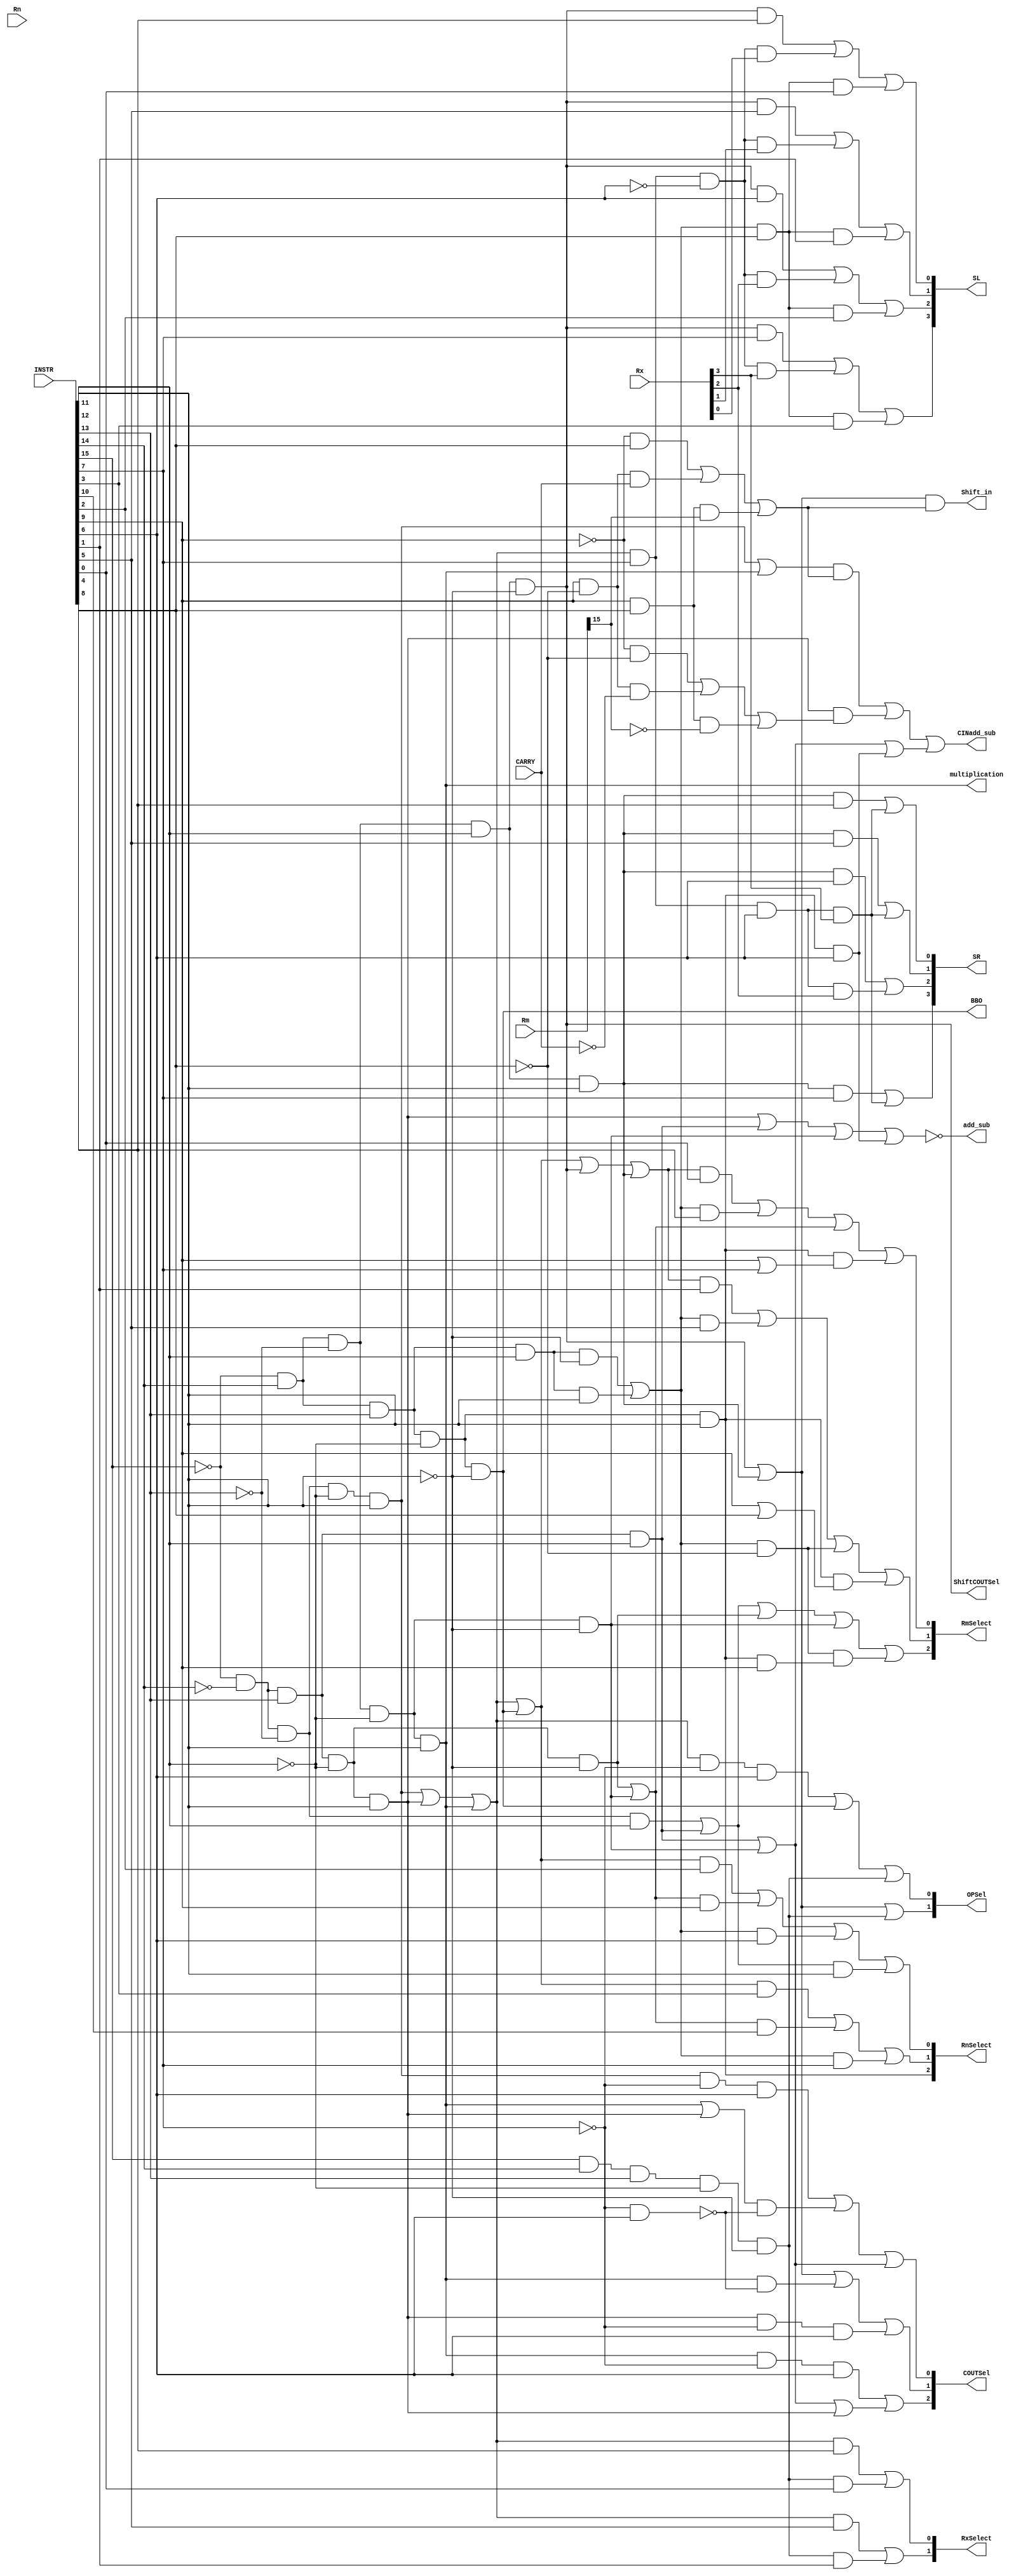
module ALUDecoder2(input [15:0] INSTR, input CARRY, input [15:0] Rn, input [15:0] Rm, input [15:0] Rx, output Shift_in, output ShiftCOUTSel, output [3:0] SL, output [3:0] SR, output [2:0] RnSelect, output [2:0] RmSelect, output [1:0] RxSelect, output CINadd_sub, output add_sub, output multiplication, output BBO, output [1:0] OPSel, output [2:0] COUTSel);

wire A, B,C, D, E, F, G, H, I, J, K, L, M, N, O, P;

assign A = INSTR[15];
assign B = INSTR[14];
assign C = INSTR[13];
assign D = INSTR[12];
assign E = INSTR[11];
assign F = INSTR[10];
assign G = INSTR[9];
assign H = INSTR[8];
assign I = INSTR[7];
assign J = INSTR[6];
assign K = INSTR[5];
assign L = INSTR[4];
assign M = INSTR[3];
assign N = INSTR[2];
assign O = INSTR[1];
assign P = INSTR[0];


wire  adr, adm, adi, sbr, sbm, sbi, mlr, xsl, xsr, bbo, stk, ldr, sti, jmr;


assign adr = ~A & ~B & ~C & ~D &  E; 
assign adm = ~A & ~B & ~C &  D;
assign adi = ~A & ~B &  C & ~D & ~E;
assign sbr = ~A & ~B &  C & ~D &  E;
assign sbm = ~A & ~B &  C &  D;
assign sbi = ~A &  B & ~C & ~D & ~E;    
assign mlr = ~A &  B & ~C & ~D &  E;
assign xsl = ~A &  B & ~C &  D & ~E; 
assign xsr = ~A &  B & ~C &  D &  E;
assign bbo = ~A &  B &  C & ~D & ~E;

assign stk = ~A &  B &  C & ~D &  E;
assign ldr = ~A &  B &  C &  D & ~E;
assign sti = ~A &  B &  C &  D &  E;

assign jmr =  A &  B &  C & ~D & ~E;



assign RnSelect[2] = stk;
assign RnSelect[1] = ((adr|sbr|mlr|bbo)&M)|((adi|sbi)&F)|((ldr|sti)&I);
assign RnSelect[0] = ((adr|sbr|mlr|bbo)&N)|((adi|sbi)&G)|((ldr|sti)&J)|((adm|sbm)&E);

assign RmSelect[2] = (adm|sbm|adi|sbi)|((ldr|sti)&~H)&(stk&G);
assign RmSelect[1] = ((adr|sbr|mlr|bbo|xsl|xsr)&O)|((ldr|sti)&K)|((ldr|sti)&~H)|(stk&(G|H));
assign RmSelect[0] = ((adr|sbr|mlr|bbo|xsl|xsr)&P)|((ldr|sti)&L)|(adi|sbi)|(stk&(G|I));

assign RxSelect[1] = ((adr|sbr|mlr)&K)|(jmr&O);
assign RxSelect[0] = ((adr|sbr|mlr)&L)|(jmr&P);



assign Shift_in = (xsl|xsr)&((~G&H)|(G&~H&CARRY)|(G&H&Rm[15]));

assign ShiftCOUTSel = xsl;


assign SL[3] = (xsl&I)|( (adr|sbr|mlr) & I & ~J & Rx[3])|( (ldr|sti)&H&M);
assign SL[2] = (xsl&J)|( (adr|sbr|mlr) & I & ~J & Rx[2])|( (ldr|sti)&H&N);
assign SL[1] = (xsl&K)|( (adr|sbr|mlr) & I & ~J & Rx[1])|( (ldr|sti)&H&O);
assign SL[0] = (xsl&L)|( (adr|sbr|mlr) & I & ~J & Rx[0])|( (ldr|sti)&H&P);

assign SR[3] = (xsr&I)|( (adr|sbr|mlr) & I & J & Rx[3]);
assign SR[2] = (xsr&J)|( (adr|sbr|mlr) & I & J & Rx[2]);
assign SR[1] = (xsr&K)|( (adr|sbr|mlr) & I & J & Rx[3]);
assign SR[0] = (xsr&L)|( (adr|sbr|mlr) & I & J & Rx[3]);


assign CINadd_sub = ((adr|mlr)&((~G&H)|(G&~H&CARRY)|(G&H&Rm[15]))) | (sbr&((~G&~H)|(G&~H&~CARRY)|(G&H&~Rm[15]))) | (sbm|sbi|(stk&J));

assign add_sub = !(sbr|sbm|sbi|(stk&J));


assign multiplication = mlr;

assign BBO = bbo;

assign OPSel[1] = xsl|xsr|jmr;
assign OPSel[0] = ((adr|sbr|mlr)&~I&J)|bbo|jmr;

assign COUTSel[2] = (mlr&~I&J)|(sbi|sbm|sbr);
assign COUTSel[1] = xsl|xsr|(mlr&~(~I&J))|(sbr&~I&J);
assign COUTSel[0] = (adr&~I&J)|((mlr|sbr)&~(~I&J))|(sbm|sbi);


endmodule